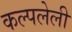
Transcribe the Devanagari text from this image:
कल्पलेली